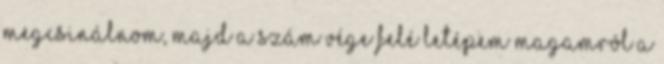
megcsinálnom, majd a szám vége felé letépem magamról a